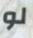
لو